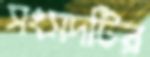
সংসদটির